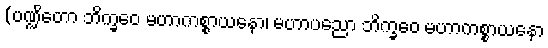
(ပဏ္ဍိတော ဘိက္ခဝေ မဟာကစ္စာယနော၊ မဟာပညော ဘိက္ခဝေ မဟာကစ္စာယနော